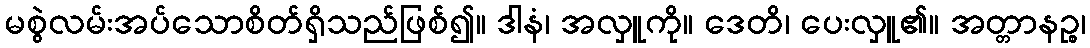
မစွဲလမ်းအပ်သောစိတ်ရှိသည်ဖြစ်၍။ ဒါနံ၊ အလှူကို။ ဒေတိ၊ ပေးလှူ၏။ အတ္တာနဉ္စ၊